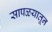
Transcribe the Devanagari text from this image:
सापळयातून